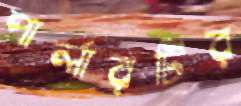
পার্লারটির